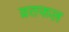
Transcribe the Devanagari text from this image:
व्रतफल